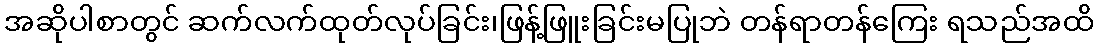
အဆိုပါစာတွင် ဆက်လက်ထုတ်လုပ်ခြင်း၊ဖြန့်ဖြူးခြင်းမပြုဘဲ တန်ရာတန်ကြေး ရသည်အထိ